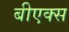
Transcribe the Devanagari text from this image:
बीएक्स